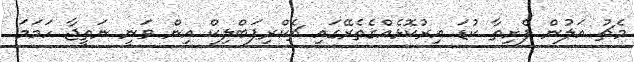
މެޗު އަލުން ފެށިތާ ކުޑަ އިރުކޮޅެއްގެތެރޭގައި ޗެކްރިޕަބްލިކް އިން ވަނީ ނަތީޖާ ހަމަމަ